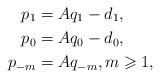
LaTeX: \begin{align*} p_1&=Aq_1-d_1,\\ p_0&=Aq_0-d_0,\\ p_{-m}&=Aq_{-m},m\geqslant 1,\end{align*}